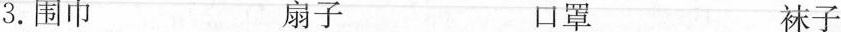
3.围巾 扇子 口罩 袜子